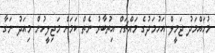
މުހައްމަދު ޖަމީލް އަހުމަދުގެ މައްޗަށް އިތުބާރު ނެތް ކަމަށް މަޖިލީހުން މިއަދު ނަގާ